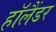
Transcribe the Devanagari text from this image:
हॉलैंडर